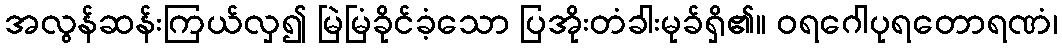
အလွန်ဆန်းကြယ်လှ၍ မြဲမြံခိုင်ခံ့သော ပြအိုးတံခါးမုခ်ရှိ၏။ ဝရဂေါပုရတောရဏံ၊